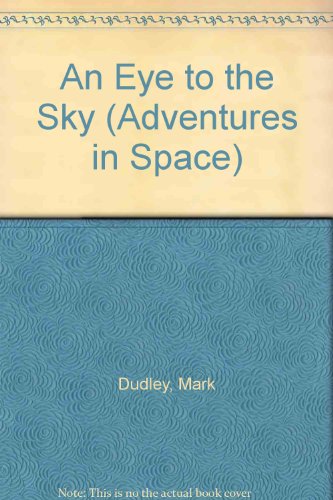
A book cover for An Eye to the Sky (Adventures in Space Series); Mark Dudley; Children's Books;